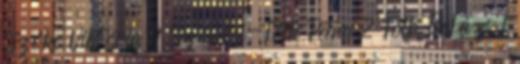
Szőke Viktória 9 Szöllősi-Tóth Petra 2 Tóth Balázs 1